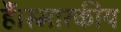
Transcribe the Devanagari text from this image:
हैं।स्मारकीय